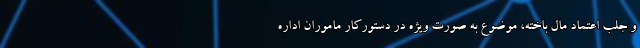
و جلب اعتماد مال باخته، موضوع به صورت ویژه در دستورکار ماموران اداره